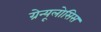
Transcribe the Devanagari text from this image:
ग्रेन्यूलोसिस